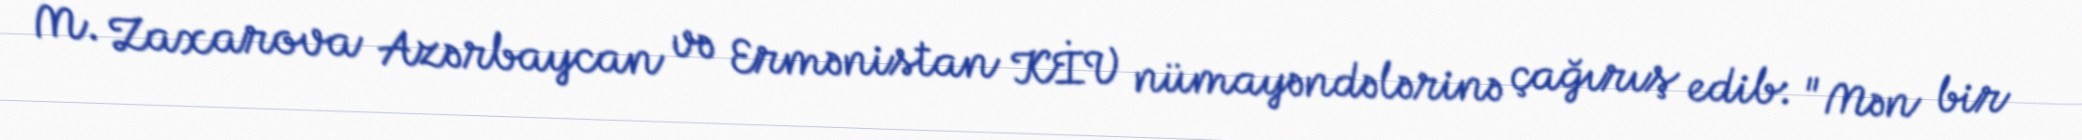
M. Zaxarova Azərbaycan və Ermənistan KİV nümayəndələrinə çağırış edib: "Mən bir